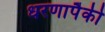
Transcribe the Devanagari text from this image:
धरणापैकी